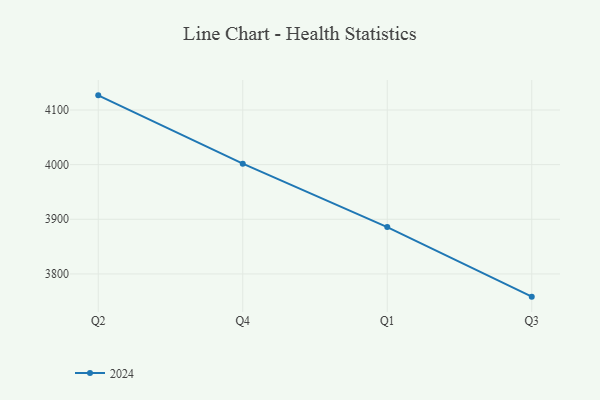
{"axis": {"x": "Quarter", "y": "Conversion Rate (%)"}, "legend": ["2024"], "data": [{"x": "Q2", "y": 4126.8, "type": "2024"}, {"x": "Q4", "y": 4001.7, "type": "2024"}, {"x": "Q1", "y": 3885.7, "type": "2024"}, {"x": "Q3", "y": 3758.4, "type": "2024"}]}